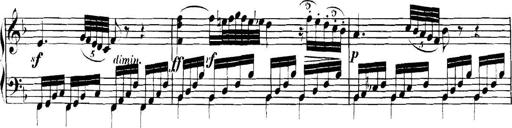
Title: Collected Piano Sonatas
Composer: Muzio Clementi